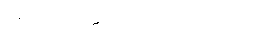
တည်ဆောက်ထားသည့်